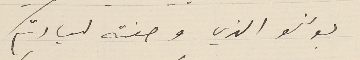
بونسو الذي وصفته لسيادتكم